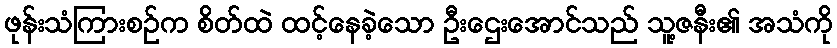
ဖုန်းသံကြားစဉ်က စိတ်ထဲ ထင့်နေခဲ့သော ဦးဌေးအောင်သည် သူ့ဇနီး၏ အသံကို